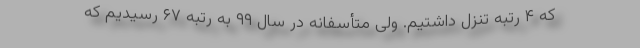
که ۴ رتبه تنزل داشتیم. ولی متأسفانه در سال ۹۹ به رتبه ۶۷ رسیدیم که